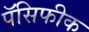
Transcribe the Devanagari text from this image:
पॅसिफीक